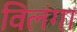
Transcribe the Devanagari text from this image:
विलंगा